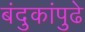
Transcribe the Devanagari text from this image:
बंदुकांपुढे